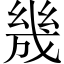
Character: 㡬